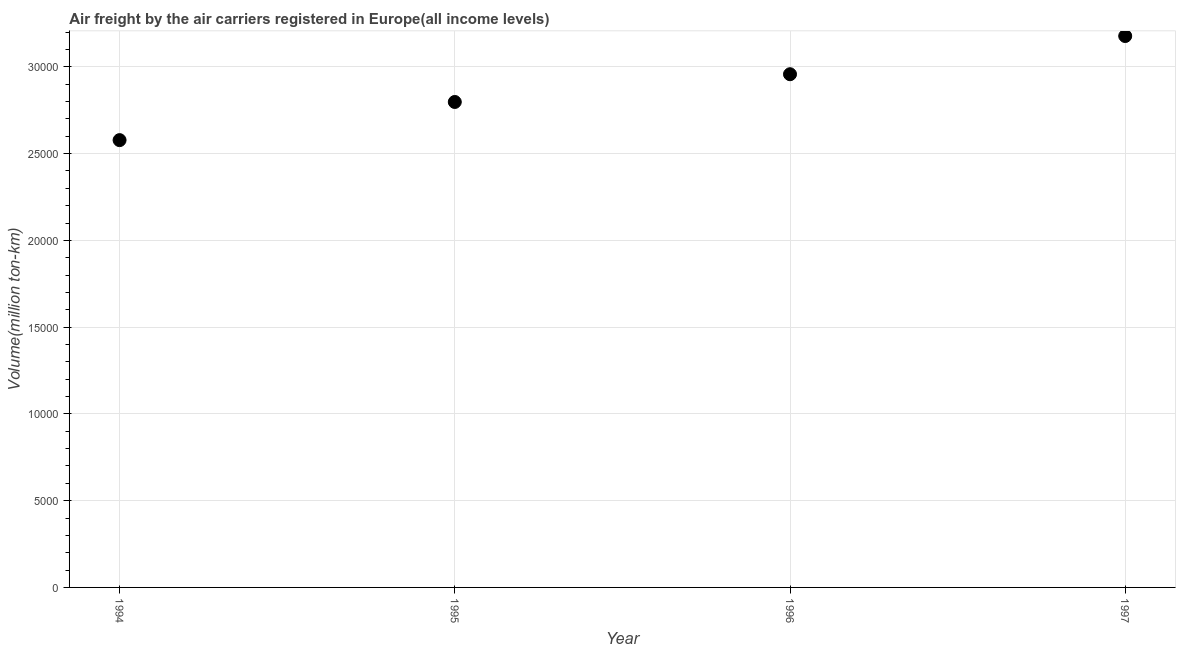
| Year | Air transport |
 | --- | --- |
 | 1994 | 2.58e+04 |
 | 1995 | 2.8e+04 |
 | 1996 | 2.96e+04 |
 | 1997 | 3.18e+04 |